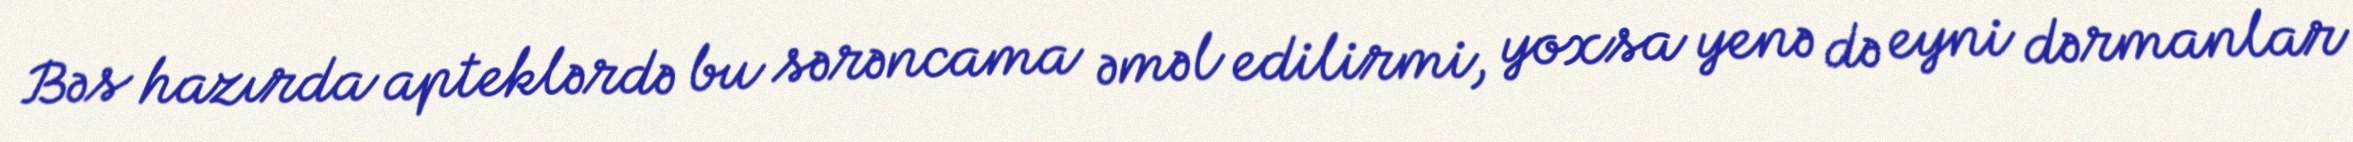
Bəs hazırda apteklərdə bu sərəncama əməl edilirmi, yoxsa yenə də eyni dərmanlar